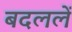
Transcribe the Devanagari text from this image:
बदललें